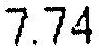
7.74